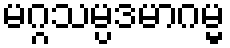
မဂ္ဂသမ္ပဒမာဂမ္မ